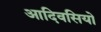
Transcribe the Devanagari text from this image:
आदिवसियो